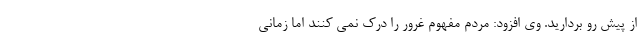
از پیش رو بردارید. وی افزود: مردم مفهوم غرور را درک نمی کنند اما زمانی